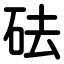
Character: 砝